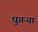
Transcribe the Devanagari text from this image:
घुगऱ्या